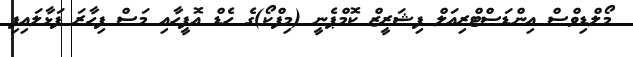
މޯލްޑިވްސް އިންޑަސްޓްރިއަލް ފިޝަރީޒް ކޮމްޕެނީ (މިފްކޯ)ގެ ހެޑް އޮފީހާއި މަސް ފިހާރަ ފަޅާލައިފި